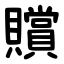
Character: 贘